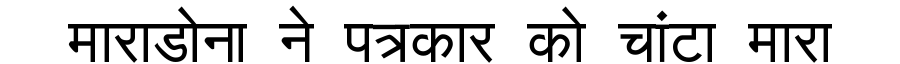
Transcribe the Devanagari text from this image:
माराडोना ने पत्रकार को चांटा मारा